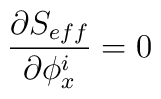
\frac{\partial  S_{eff} }{\partial \phi_x^i} = 0